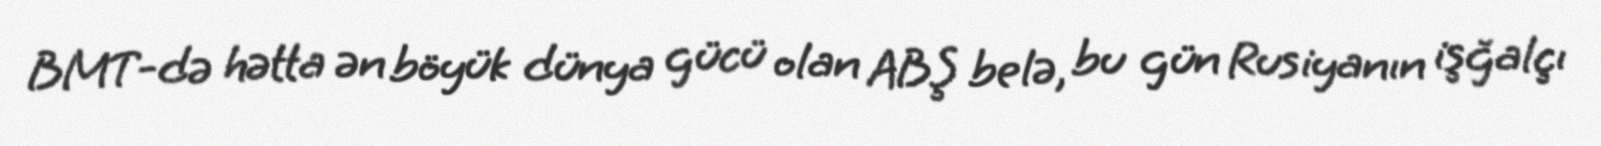
BMT-də hətta ən böyük dünya gücü olan ABŞ belə, bu gün Rusiyanın işğalçı